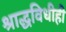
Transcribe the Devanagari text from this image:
श्राद्धविधीही